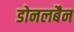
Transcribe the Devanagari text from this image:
डोनलबैन